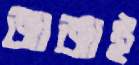
জাজাই